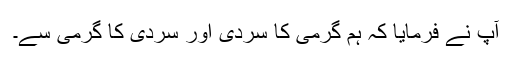
آپ نے فرمایا کہ ہم گرمی کا سردی اور سردی کا گرمی سے۔